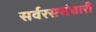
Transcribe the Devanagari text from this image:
सर्वरससंचारी